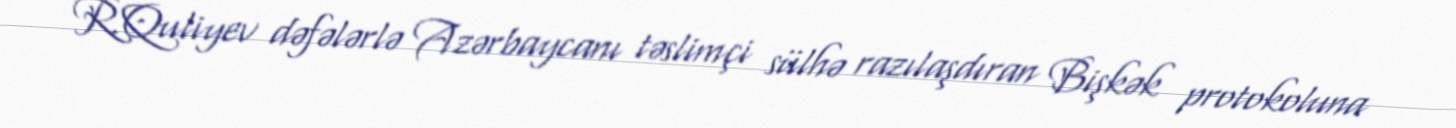
R.Quliyev dəfələrlə Azərbaycanı təslimçi sülhə razılaşdıran Bişkək protokoluna